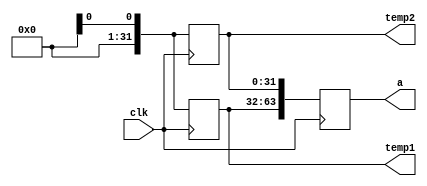
module random_64bit (
				input clk,
				output reg [63:0] a,
				output reg [31:0] temp1,temp2);
//parameter underflow=7'd33, overflow=7'd66;
				
always@(posedge clk)
begin
	temp1<= $random;
	temp2<= $random;
	a<= {temp1,temp2};
	
end
endmodule